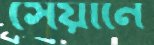
সেয়ানে